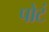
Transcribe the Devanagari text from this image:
पोटं